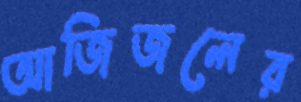
আজিজলের